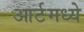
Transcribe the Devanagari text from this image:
आर्टमध्‍ये